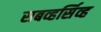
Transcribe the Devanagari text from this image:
सबव्हर्सिव्ह